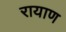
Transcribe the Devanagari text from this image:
रायाण